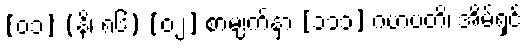
[၀၁] (နိ၊ ၈၆) [၀၂] စာမျက်နှာ [၁၁၁] ဂဟပတိ၊ အိမ်ရှင်